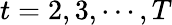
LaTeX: t=2,3,\cdots,T